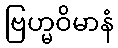
ဗြဟ္မဝိမာနံ